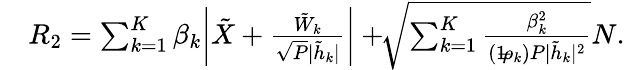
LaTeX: \begin{array}{rl}&{{{{R}}_{2}}=\sum_{k=1}^{K}\beta_{k}\bigg|{{\tilde{X}}}+\frac{{{\tilde{W}_{k}}}}{\sqrt{P}{|\tilde{h}_{k}|}}\bigg|+\! \! \sqrt{\sum_{k=1}^{K}\frac{\beta_{k}^{2}}{(1\! \! -\! \! \rho_{k})P|\tilde{h}_{k}|^{2}}}{N}.}\end{array}